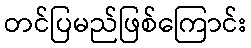
တင်ပြမည်ဖြစ်ကြောင်း